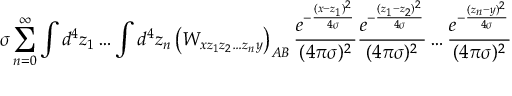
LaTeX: \sigma \sum _ { n = 0 } ^ { \infty } \int d ^ { 4 } z _ { 1 } \dots \int d ^ { 4 } z _ { n } \left( W _ { x z _ { 1 } z _ { 2 } \dots z _ { n } y } \right) _ { A B } \frac { e ^ { - \frac { ( x - z _ { 1 } ) ^ { 2 } } { 4 \sigma } } } { ( 4 \pi \sigma ) ^ { 2 } } \frac { e ^ { - \frac { ( z _ { 1 } - z _ { 2 } ) ^ { 2 } } { 4 \sigma } } } { ( 4 \pi \sigma ) ^ { 2 } } \dots \frac { e ^ { - \frac { ( z _ { n } - y ) ^ { 2 } } { 4 \sigma } } } { ( 4 \pi \sigma ) ^ { 2 } }